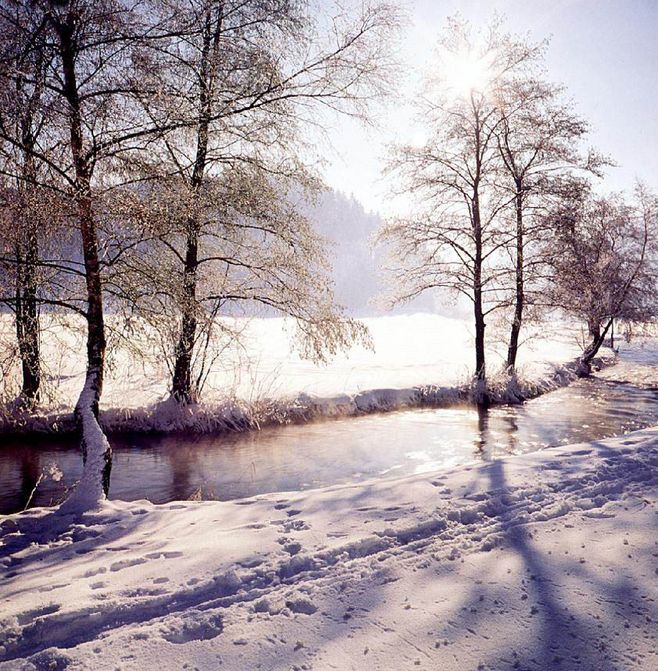
胡马嘶风，汉旗翻雪，彤云又吐，一竿残照。